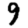
Digit: 9